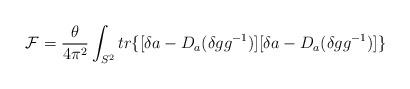
LaTeX: \begin{align*}{\cal F}=\frac {\theta}{4\pi^2}\int_{S^2}tr\{[\delta a-D_a(\delta gg^{-1})][\delta a-D_a(\delta gg^{-1})]\}\end{align*}